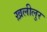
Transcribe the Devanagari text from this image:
ख़लीलुर